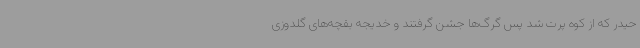
حیدر که از کوه پرت شد پس گرگ‌ها جشن گرفتند و خدیجه بقچه‌های گلدوزی